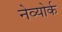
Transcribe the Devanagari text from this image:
नेव्योर्क